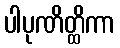
ပါပုဏိတ္ထိကာ